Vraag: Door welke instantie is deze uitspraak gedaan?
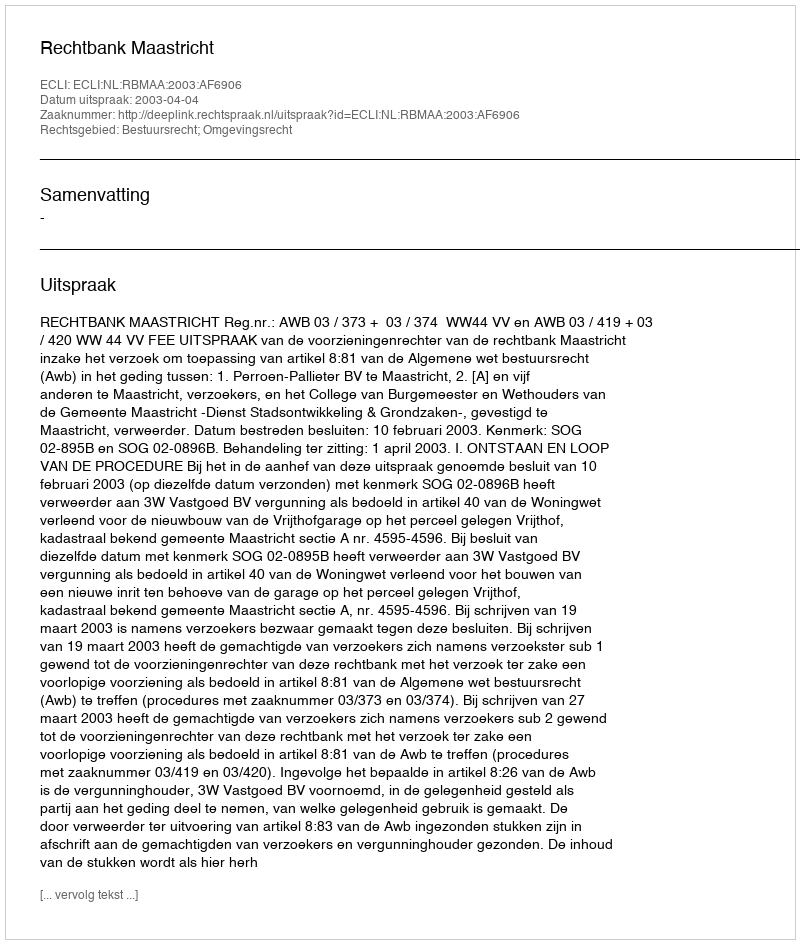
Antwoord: Rechtbank Maastricht